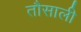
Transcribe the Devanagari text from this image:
तौसाली